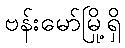
ဗန်းမော်မြို့ရှိ